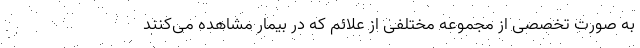
به صورت تخصصی از مجموعه مختلفی از علائم که در بیمار مشاهده می‌کنند